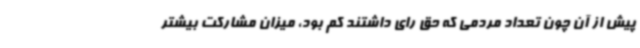
پیش از آن چون تعداد مردمی که حق رای داشتند کم بود، میزان مشارکت بیشتر